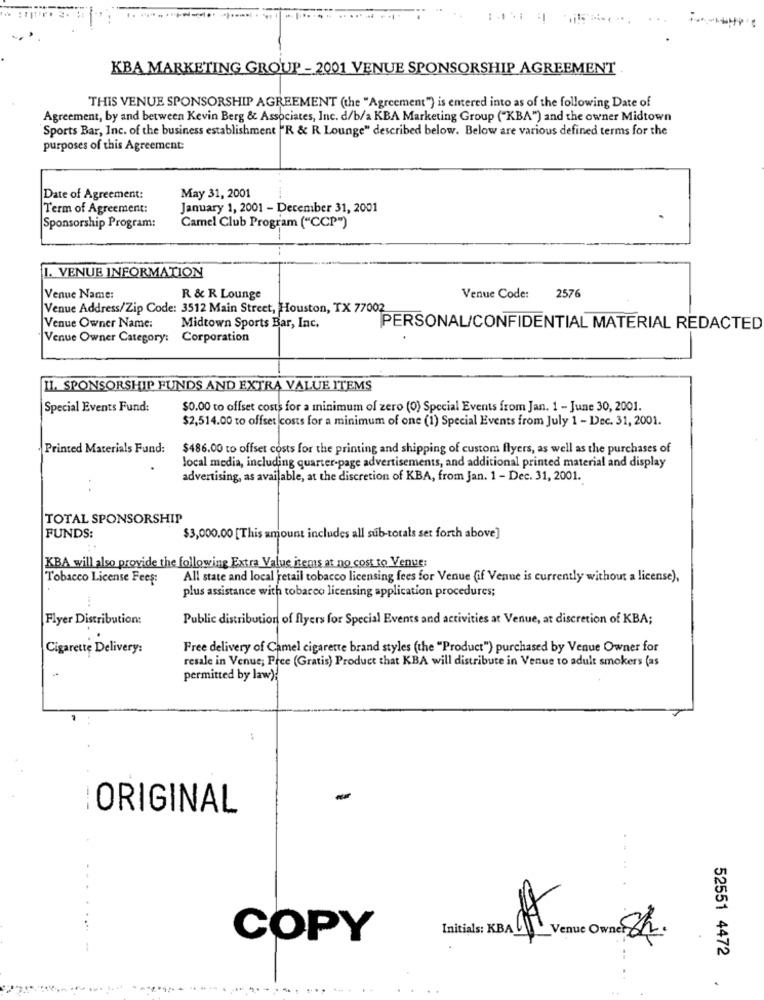
KBA MARKETING GROUP - 2001 VENUE SPONSORSHIP AGREEMENT
THIS VENUE SPONSORSHIP AGREEMENT (the "Agreement") is entered into as of the following Date of
Agreement, by and between Kevin Berg & Associates, Inc. d/b/a KBA Marketing Group ("KBA") and the owner Midtown
Sports Bar, Inc. of the business establishment "R & R Lounge" described below. Below are various defined terms for the
purposes of this Agreement:
Date of Agreement:
May 31, 2001
Term of Agreement:
January 1, 2001 - December 31, 2001
Camel Club Program ("CCP")
Sponsorship Program:
1. VENUE INFORMATION
Venue Name:
R & R Lounge
Venue Code: 2576
Venue Address/Zip Code: 3512 Main Street, Houston, TX 77002
Venue Owner Name:
Midtown Sports Bar, Inc.
PERSONAL/CONFIDENTIAL MATERIAL REDACTED
Venue Owner Category: Corporation
II. SPONSORSHIP FUNDS AND EXTRA VALUE ITEMS
Special Events Fund:
$0.00 to offset costs for a minimum of zero (0) Special Events from Jan. 1 - June 30, 2001.
$2,514.00 to offset costs for a minimum of one (1) Special Events from July 1 - Dec. 31, 2001.
Printed Materials Fund:
$486.00 to offset costs for the printing and shipping of custom flyers, as well as the purchases of
local media, including quarter-page advertisements, and additional printed material and display
advertising, as available, at the discretion of KBA, from Jan. 1 - Dec. 31, 2001.
TOTAL SPONSORSHIP
FUNDS:
$3,000.00 [This amount includes all sub-totals set forth above]
KBA will also provide the following Extra Value items at no cost to Venue:
Tobacco License Fees:
All state and local retail tobacco licensing fees for Venue (if Venue is currently without a license),
plus assistance with tobacco licensing application procedures;
Flyer Distribution:
Public distribution of flyers for Special Events and activities at Venue, at discretion of KBA;
Cigarette Delivery:
Free delivery of Camel cigarette brand styles (the "Product") purchased by Venue Owner for
resale in Venue; Pree (Gratis) Product that KBA will distribute in Venue to adult smokers (as
permitted by law);
ORIGINAL
COPY
Initials: KBA Venue Owner 8h.
52551 4472
.